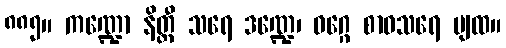
၈၈၅။ ကဏ္ဍော နိတ္ထီ သရေ ဒဏ္ဍေ၊ ဝဂ္ဂေ စာဝသရေ ပျထ။